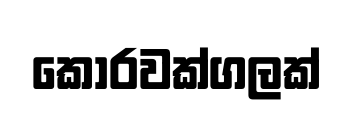
කොරවක්ගලක්